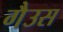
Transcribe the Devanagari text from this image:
गैउस